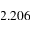
2 . 2 0 6